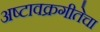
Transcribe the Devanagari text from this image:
अष्टावक्रगीतेचा